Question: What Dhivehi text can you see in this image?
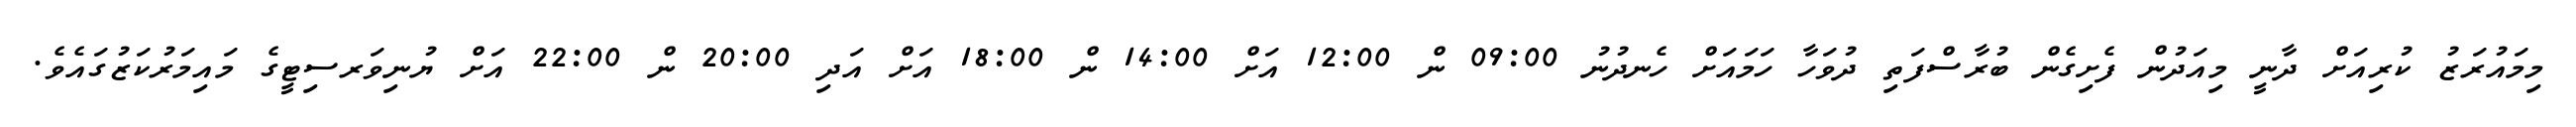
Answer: މިމައުރަޒު ކުރިއަށް ދާނީ މިއަދުން ފެށިގެން ބުރާސްފަތި ދުވަހާ ހަމައަށް ހެނދުނު 09:00 ން 12:00 އަށް 14:00 ން 18:00 އަށް އަދި 20:00 ން 22:00 އަށް ޔުނިވަރސިޓީގެ މައިމަރުކަޒުގައެވެ.